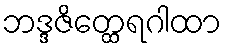
ဘဒ္ဒဇိတ္ထေရဂါထာ